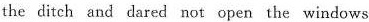
the ditch and dared not open the windows